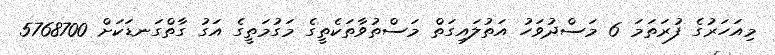
މިއަހަރުގެ ފުރަތަމަ 6 މަސްދުވަހު އަތުލައިގަތް މަސްތުވާތަކެތީގެ މަގުމަތީގެ އަގު ގާތްގަނޑަކަށް 5768700